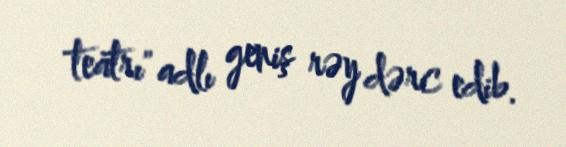
teatrı" adlı geniş rəy dərc edib.